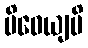
ပိဝေယျပိ